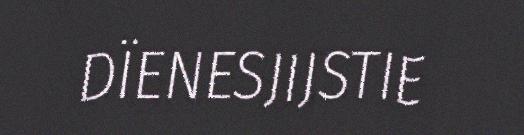
DÏENESJIJSTIE